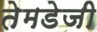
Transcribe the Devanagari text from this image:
तेमडेजी